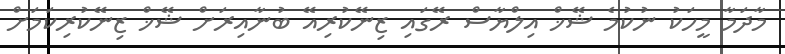
މާދަމާ މީހަކު ނުކުމެ ޝޭޚް އިލްޔާސް ރޭގައި ޒިނޭކުރިއޭ ބުނާއިރަށް ޝޭޚް ޒިނޭކުރިކަމަށް